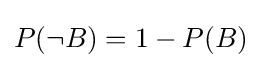
P(\neg B)=1-P(B)